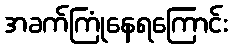
အခက်ကြုံနေရကြောင်း